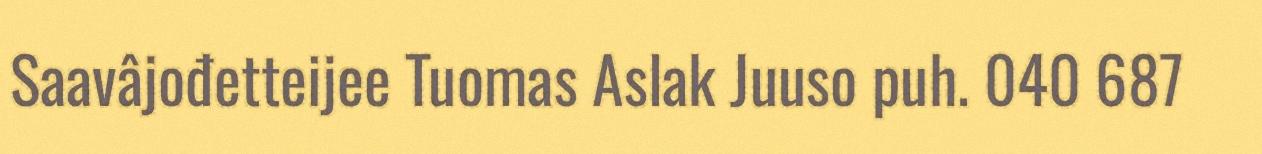
Saavâjođetteijee Tuomas Aslak Juuso puh. 040 687